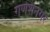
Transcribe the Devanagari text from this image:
गणेशनगर